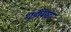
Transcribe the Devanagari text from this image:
गुडीवाड़ा